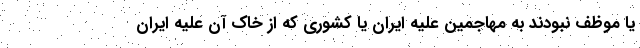
یا موظف نبودند به مهاجمین علیه ایران یا کشوری که از خاک آن علیه ایران